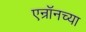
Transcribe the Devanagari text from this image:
एन्रॉनच्या